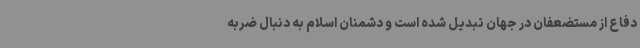
دفاع از مستضعفان در جهان تبدیل شده است و دشمنان اسلام به دنبال ضربه